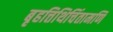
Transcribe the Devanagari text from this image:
बृहत्तिथिचिंतामणि